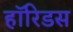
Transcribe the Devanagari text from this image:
हॉरिडस